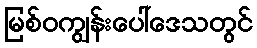
မြစ်ဝကျွန်းပေါ်ဒေသတွင်